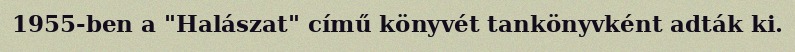
1955-ben a "Halászat" című könyvét tankönyvként adták ki.